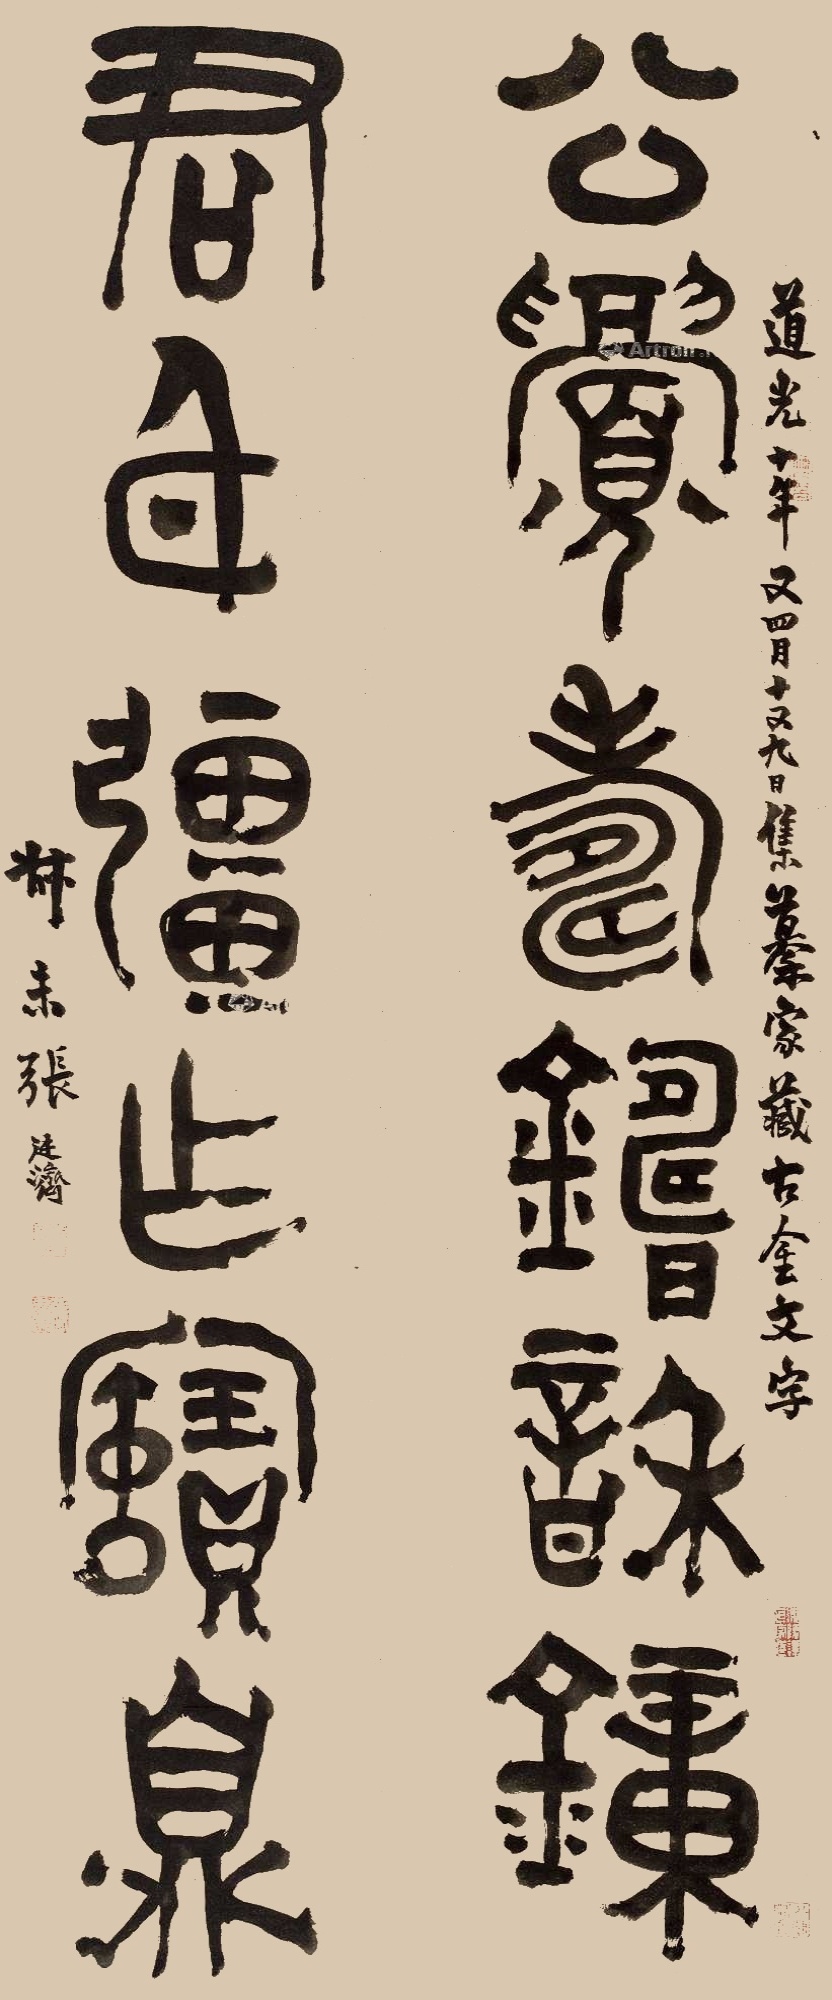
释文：公眉寿铸和钟，君身强作宝鼎。道光十年又四月十又九日，集摹家藏古金文字，叔未张廷济。